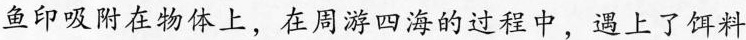
鱼印吸附在物体上，在周游四海的过程中，遇上了饵料